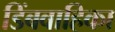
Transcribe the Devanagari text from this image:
डिंबवाहिका